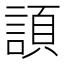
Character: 𧩬